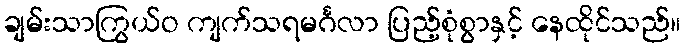
ချမ်းသာကြွယ်ဝ ကျက်သရမင်္ဂလာ ပြည့်စုံစွာနှင့် နေထိုင်သည်။